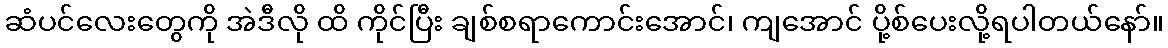
ဆံပင်လေးတွေကို အဲဒီလို ထိ ကိုင်ပြီး ချစ်စရာကောင်းအောင်၊ ကျအောင် ပို့စ်ပေးလို့ရပါတယ်နော်။